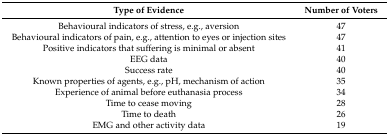
| Type of Evidence | Number of Voters |
 | --- | --- |
 | Behavioural indicators of stress, e.g., aversion | 47 |
 | Behavioural indicators of pain, e.g., attention to eyes or injection sites | 47 |
 | Positive indicators that suffering is minimal or absent | 41 |
 | EEG data | 40 |
 | Success rate | 40 |
 | Known properties of agents, e.g., pH, mechanism of action | 35 |
 | Experience of animal before euthanasia process | 34 |
 | Time to cease moving | 28 |
 | Time to death | 26 |
 | EMG and other activity data | 19 |